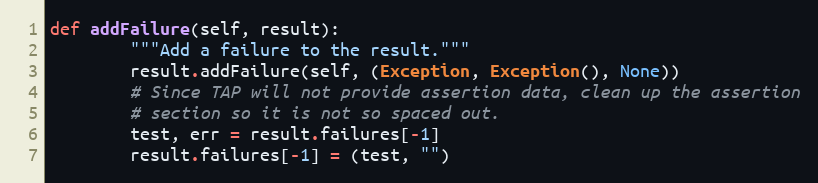
Language: Python
def addFailure(self, result):
        """Add a failure to the result."""
        result.addFailure(self, (Exception, Exception(), None))
        # Since TAP will not provide assertion data, clean up the assertion
        # section so it is not so spaced out.
        test, err = result.failures[-1]
        result.failures[-1] = (test, "")